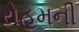
રોહમની